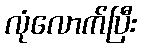
လုံလောက်ပြီး